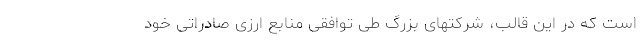
است که در این قالب، شرکتهای بزرگ طی توافقی منابع ارزی صادراتی خود